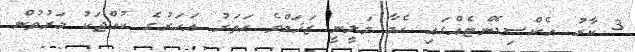
3 ކާރު އެކްސިޑެންޓެއްގައި ހެމާ މަލީނީ ޒަޚަމްވެ ހަތަރު އަހަރުގެ ކުއްޖަކު މަރުވުން